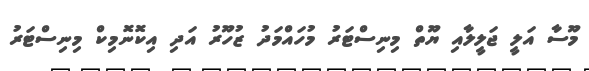
މޫސާ އަލީ ޖަލީލާއި ޔޫތް މިނިސްޓަރު މުހައްމަދު ޒުހޫރު އަދި އިކޮނޮމިކް މިނިސްޓަރު